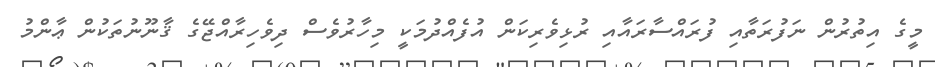
މީގެ އިތުރުން ނަފުރަތާއި ފުރައްސާރައާއި ރުޅިވެރިކަން އުފެއްދުމަކީ މިހާރުވެސް ދިވެހިރާއްޖޭގެ ޤާނޫނުތަކުން ޢާންމު